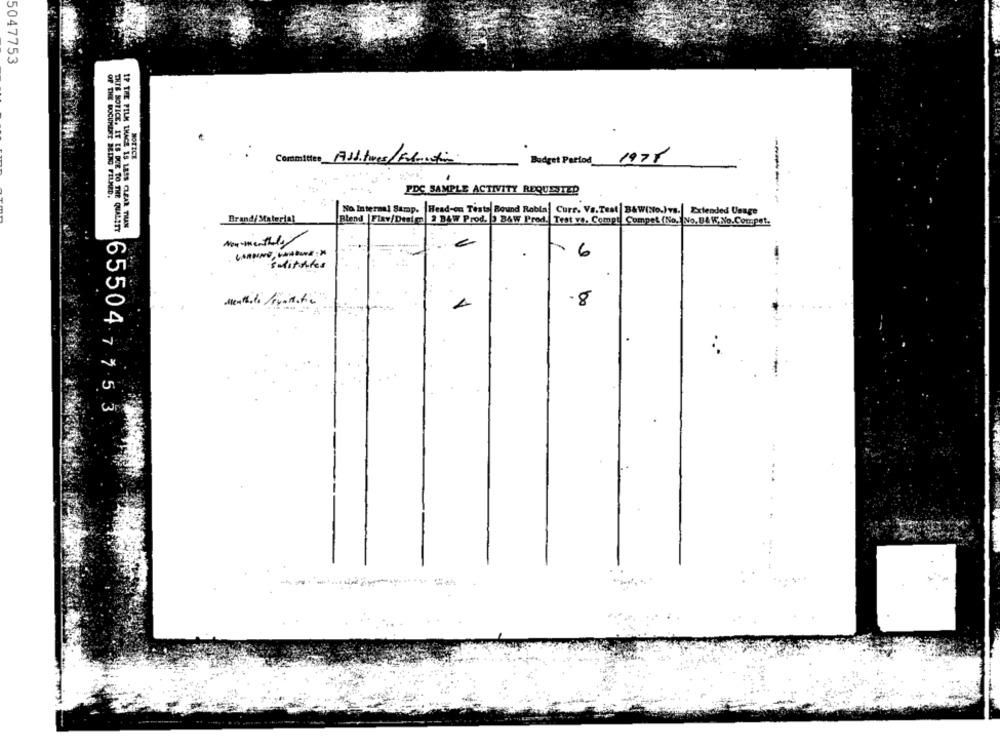
5047753
NOTICE
Committee Auditores/Fabortion
Budget Partod 1975
OF THE DOCUMENT BEING FELMED.
PDC SAMPLE ACTIVITY REQUESTED
No Internal Samp. Head-on Tests Bound Rabia Curr. Vs.Test B&W(No.)vs. Extended Usage
IF THE FILM THACE IS LESS CLEAR THAN
Brand/ Material
Blend | Fiav/Design 2 B4W Prod. ) B&W Prod. Test ve. Compt Compet (No. No. B&W, No.Compet.
THIS NOTICE, IT ES DUE TO THE QUALITY
Now - menthela
6
suitsles
.8
6550477 53